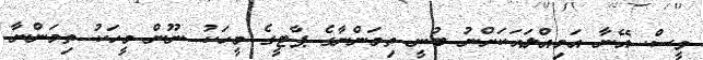
ވީސް. އޭނާ އަމިއްލައަކަށްނު ބުނީ ތިމަންނާގެ ޕާޓީގެ މީހަކު ނޫން މީހަކު ތިމަންނާ